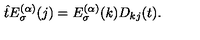
\hat { t } E _ { \sigma } ^ { ( \alpha ) } ( j ) = E _ { \sigma } ^ { ( \alpha ) } ( k ) D _ { k j } ( t ) .